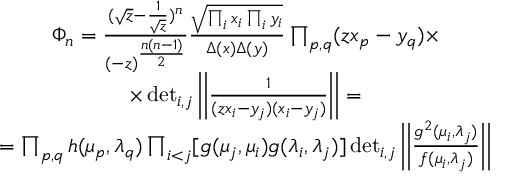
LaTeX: \begin{array} { c } { { \Phi _ { n } = \frac { ( \sqrt { z } - \frac { 1 } { \sqrt { z } } ) ^ { n } } { ( - z ) ^ { \frac { n ( n - 1 ) } { 2 } } } \frac { \sqrt { \prod _ { i } x _ { i } \prod _ { i } y _ { i } } } { \Delta ( x ) \Delta ( y ) } \prod _ { p , q } ( z x _ { p } - y _ { q } ) \times } } \\ { { \times \operatorname * { d e t } _ { i , j } \left| \left| \frac { 1 } { ( z x _ { i } - y _ { j } ) ( x _ { i } - y _ { j } ) } \right| \right| = } } \\ { { = \prod _ { p , q } h ( \mu _ { p } , \lambda _ { q } ) \prod _ { i < j } [ g ( \mu _ { j } , \mu _ { i } ) g ( \lambda _ { i } , \lambda _ { j } ) ] \operatorname * { d e t } _ { i , j } \left| \left| \frac { g ^ { 2 } ( \mu _ { i } , \lambda _ { j } ) } { f ( \mu _ { i } , \lambda _ { j } ) } \right| \right| } } \end{array}